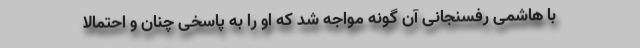
با هاشمی رفسنجانی آن گونه مواجه شد که او را به پاسخی چنان و احتمالا